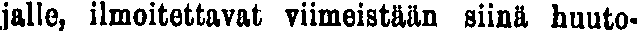
jalle, ilmoitettavat viimeistään siinä huuto-